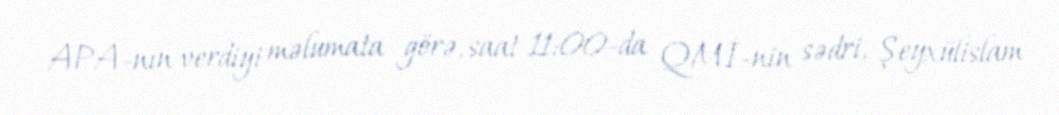
APA-nın verdiyi məlumata görə, saat 11:00-da QMİ-nin sədri, Şeyxülislam